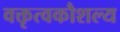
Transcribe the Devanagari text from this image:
वक्तृत्वकौशल्य